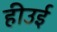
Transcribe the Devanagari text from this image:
हीउई